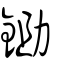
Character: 鋤